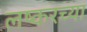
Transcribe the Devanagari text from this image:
लष्करच्या